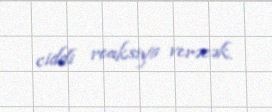
ciddi reaksiya verəcək.